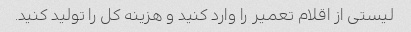
لیستی از اقلام تعمیر را وارد کنید و هزینه کل را تولید کنید.